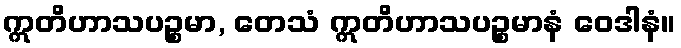
ဣတိဟာသပဉ္စမာ, တေသံ ဣတိဟာသပဉ္စမာနံ ဝေဒါနံ။